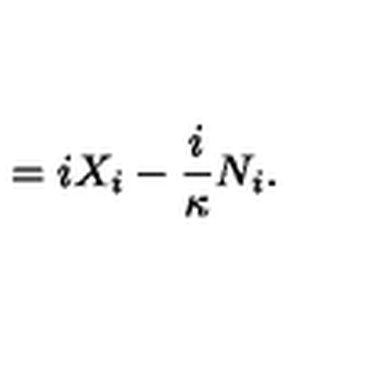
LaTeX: = i X _ { i } - \frac { i } \kappa N _ { i } .